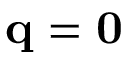
{ \bf q } = { \bf 0 }